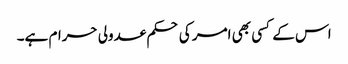
اس کے کسی بھی امر کی حکم عدولی حرام ہے۔